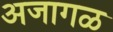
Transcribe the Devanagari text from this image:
अजागळ